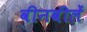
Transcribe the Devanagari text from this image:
वीनवीलें